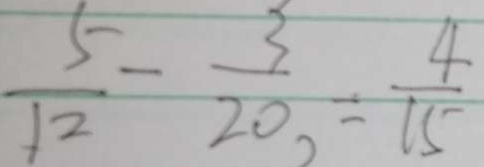
\frac { 5 } { 1 2 } - \frac { 3 } { 2 0 } = \frac { 4 } { 1 5 }